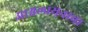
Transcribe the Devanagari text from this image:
आश्वलायनाचा